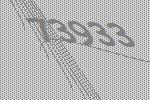
73933